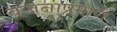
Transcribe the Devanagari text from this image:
वजनाप्रमाणें